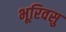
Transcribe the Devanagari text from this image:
भूरिवसु